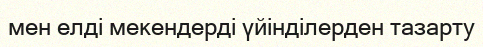
мен елді мекендерді үйінділерден тазарту